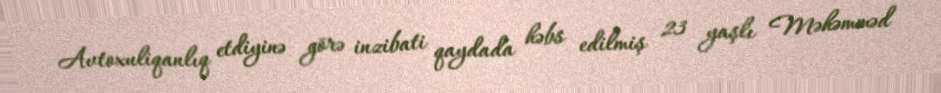
Avtoxuliqanlıq etdiyinə görə inzibati qaydada həbs edilmiş 23 yaşlı Məhəmməd